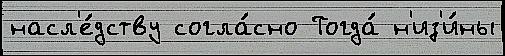
насл'е́дству согла́сно Тогда́ н'из'и́ны